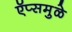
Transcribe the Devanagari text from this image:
ऍप्समुळे